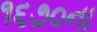
૧૬૭૦ના